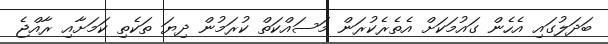
ބަދަލުގައި އެހެން ގައުމަކަށް އެތެރެކުރަން މަސައްކަތް ކުރަމުން ދިޔަ ތަކެތި ކަމަށާއި ރާއްޖެ